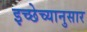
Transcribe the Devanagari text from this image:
इच्छेच्यानुसार